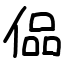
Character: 偘